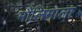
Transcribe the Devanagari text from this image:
मौलिमाला